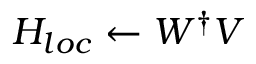
H _ { l o c } \leftarrow W ^ { \dagger } V